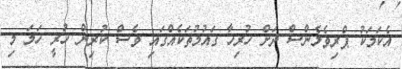
އެކަމަކު ޕްރިވެލެންސް ދަށް ހުރިހާ ގައުމުތަކެއްގައި ވެސް ކުރިން ހުރީ ހަމަ މި